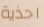
احذية